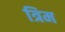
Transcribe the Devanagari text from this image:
त्रिम